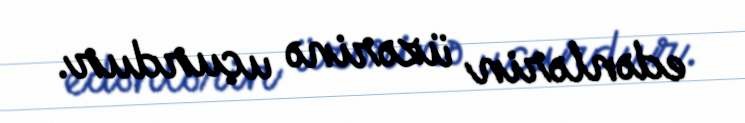
edənlərin üzərinə uçurdur.